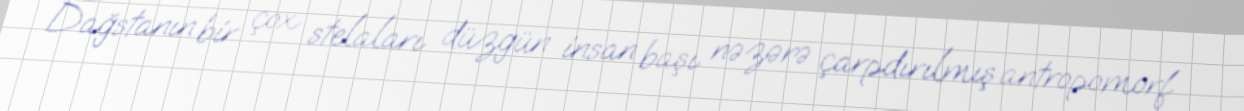
Dağstanın bir çox stelaları düzgün insan başı nəzərə çarpdırılmış antropomorf